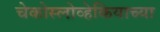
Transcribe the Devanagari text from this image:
चेकोस्लोव्हेकियाच्या